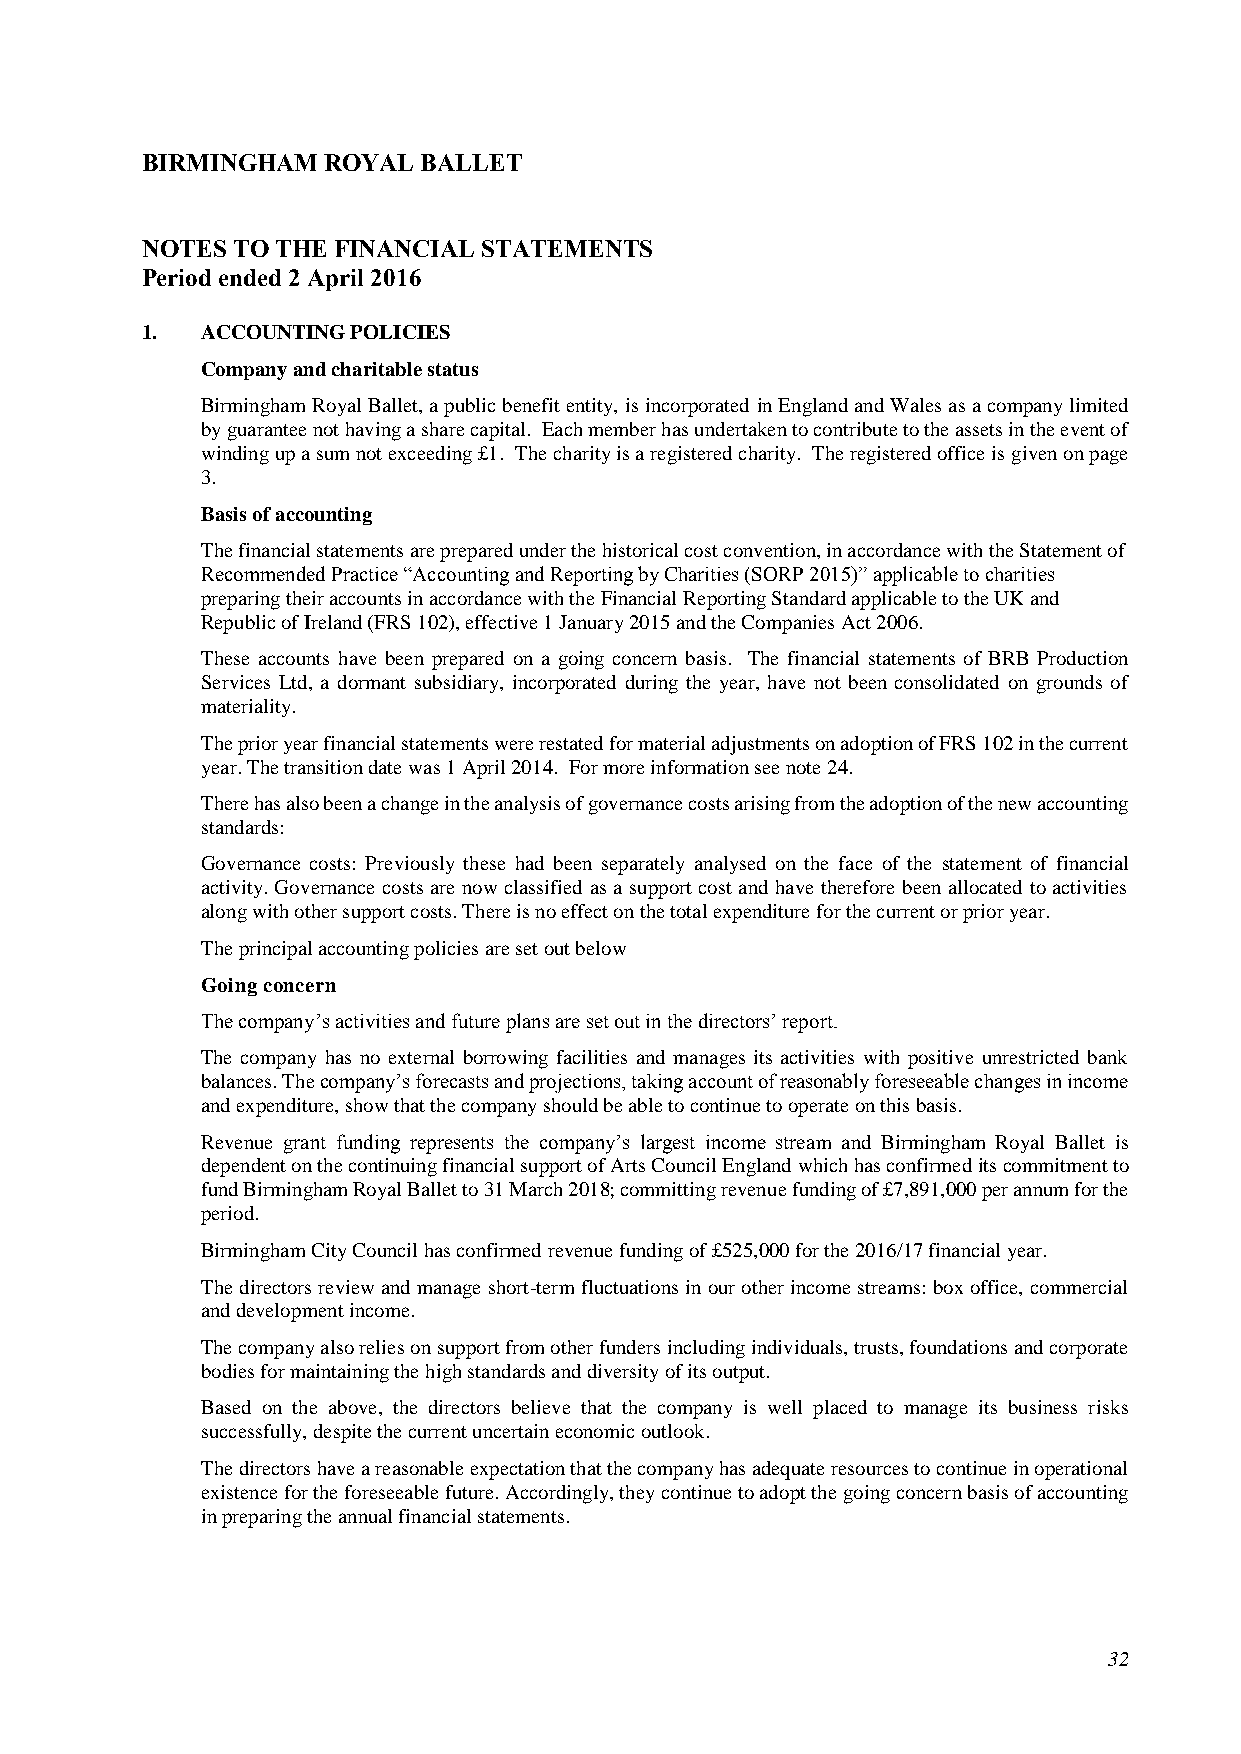
BIRMINGHAM  ROYAL  BALLET
 NOTES TO THE FINANCIAL STATEMENTS
 Period ended 2 April 2016
 1.  ACCOUNTING POLICIES
 Company and charitable status
 Birmingham Royal Ballet, a public benefit entity, is incorporated in England and Wales as a company limited
 by guarantee not having a share capital. Each member has undertaken to contribute to the assets in the event of
 winding up a sum not exceeding £1. The charity is a registered charity. The registered office is given on page
 3.
 Basis of accounting
 The financial statements are prepared under the historical cost convention, in accordance with the Statement of
 Recommended Practice “Accounting and Reporting by Charities (SORP 2015)” applicable to charities
 preparing their accounts in accordance with the Financial Reporting Standard applicable to the UK and
 Republic of Ireland (FRS 102), effective 1 January 2015 and the Companies Act 2006.
 These accounts have been prepared on a going concern basis. The financial statements of BRB Production
 Services Ltd, a dormant subsidiary, incorporated during the year, have not been consolidated on grounds of
 materiality.
 The prior year financial statements were restated for material adjustments on adoption of FRS 102 in the current
 year. The transition date was 1 April 2014. For more information see note 24.
 There has also been a change in the analysis of governance costs arising from the adoption of the new accounting
 standards:
 Governance costs: Previously these had been separately analysed on the face of the statement of financial
 activity. Governance costs are now classified as a support cost and have therefore been allocated to activities
 along with other support costs. There is no effect on the total expenditure for the current or prior year.
 The principal accounting policies are set out below
 Going concern
 The company’s activities and future plans are set out in the directors’ report.
 The company has no external borrowing facilities and manages its activities with positive unrestricted bank
 balances. The company’s forecasts and projections, taking account of reasonably foreseeable changes in income
 and expenditure, show that the company should be able to continue to operate on this basis.
 Revenue grant funding represents the company’s largest income stream and Birmingham Royal Ballet is
 dependent on the continuing financial support of Arts Council England which has confirmed its commitment to
 fund Birmingham Royal Ballet to 31 March 2018; committing revenue funding of £7,891,000 per annum for the
 period.
 Birmingham City Council has confirmed revenue funding of £525,000 for the 2016/17 financial year.
 The directors review and manage short-term fluctuations in our other income streams: box office, commercial
 and development income.
 The company also relies on support from other funders including individuals, trusts, foundations and corporate
 bodies for maintaining the high standards and diversity of its output.
 Based on the above, the directors believe that the company is well placed to manage its business risks
 successfully, despite the current uncertain economic outlook.
 The directors have a reasonable expectation that the company has adequate resources to continue in operational
 existence for the foreseeable future. Accordingly, they continue to adopt the going concern basis of accounting
 in preparing the annual financial statements.
 32